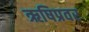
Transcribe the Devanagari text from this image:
ऋषिप्रवर